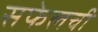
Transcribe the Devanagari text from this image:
सफेलची